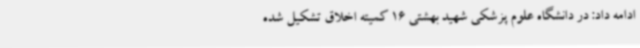
ادامه داد: در دانشگاه علوم پزشکی شهید بهشتی 16 کمیته اخلاق تشکیل شده